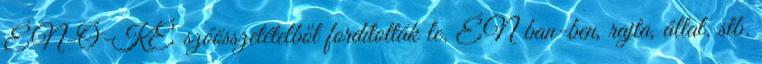
ÉN-Ó-KÉ szóösszetételből fordították le. ÉN ban-ben, rajta, által. stb.